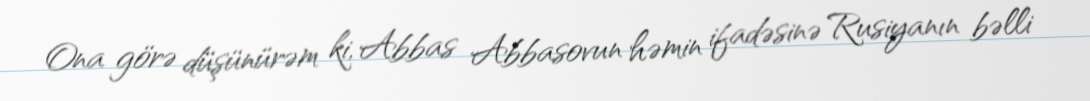
Ona görə düşünürəm ki, Abbas Abbasovun həmin ifadəsinə Rusiyanın bəlli